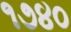
૧૭૪૦